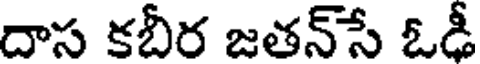
దాస కబీర జతన్సే ఓడీ